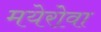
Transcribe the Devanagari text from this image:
मयेरोवा